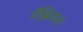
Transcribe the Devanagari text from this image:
गॅब्रियल